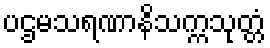
ပဌမသရဏာနိသက္ကသုတ္တံ